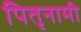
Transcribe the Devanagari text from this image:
पितृनामी